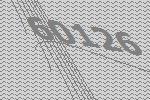
60126